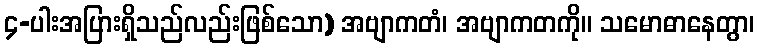
၄-ပါးအပြားရှိသည်လည်းဖြစ်သော) အဗျာကတံ၊ အဗျာကတကို။ သမောဓာနေတွာ၊